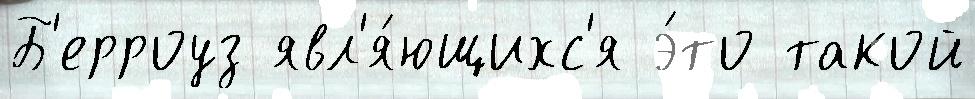
Б'ерроуз явл'я́ющихс'я э́то такой